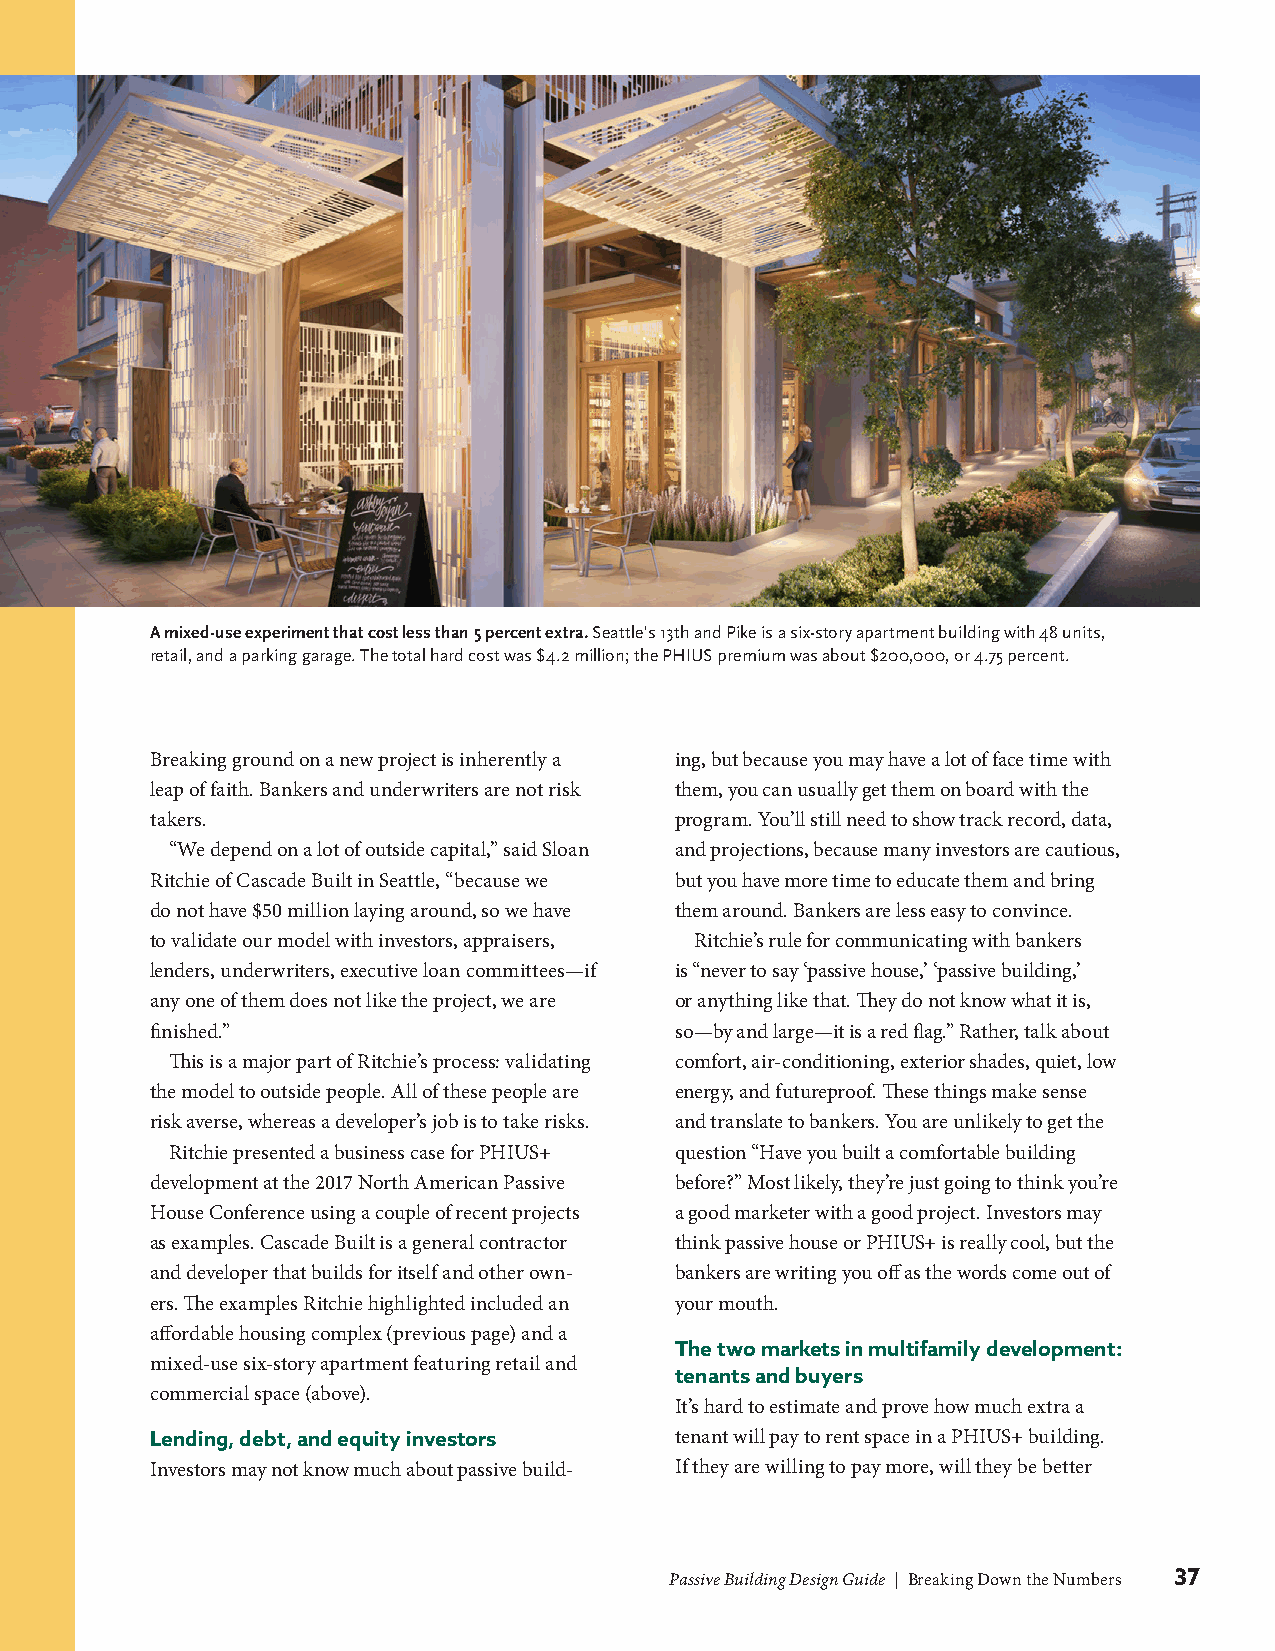
A mixed-use experiment that cost less than 5 percent extra. Seattle's 13th and Pike is a six-story apartment building with 48 units,
 retail, and a parking garage. The total hard cost was $4.2 million; the PHIUS premium was about $200,000, or 4.75 percent.
 Breaking ground on a new project is inherently a ing, but because you may have a lot of face time with
 leap of faith. Bankers and underwriters are not risk them, you can usually get them on board with the
 takers.                            program. You’ll still need to show track record, data,
 “We depend on a lot of outside capital,” said Sloan and projections, because many investors are cautious,
 Ritchie of Cascade Built in Seattle, “because we but you have more time to educate them and bring
 do not have $50 million laying around, so we have them around. Bankers are less easy to convince.
 to validate our model with investors, appraisers, Ritchie’s rule for communicating with bankers
 lenders, underwriters, executive loan committees—if is “never to say ‘passive house,’ ‘passive building,’
 any one of them does not like the project, we are or anything like that. They do not know what it is,
 finished.”                         so—by and large—it is a red flag.” Rather, talk about
 This is a major part of Ritchie’s process: validating comfort, air-conditioning, exterior shades, quiet, low
 the model to outside people. All of these people are energy, and futureproof. These things make sense
 risk averse, whereas a developer’s job is to take risks. and translate to bankers. You are unlikely to get the
 Ritchie presented a business case for PHIUS+ question “Have you built a comfortable building
 development at the 2017 North American Passive before?” Most likely, they’re just going to think you’re
 House Conference using a couple of recent projects a good marketer with a good project. Investors may
 as examples. Cascade Built is a general contractor think passive house or PHIUS+ is really cool, but the
 and developer that builds for itself and other own- bankers are writing you off as the words come out of
 ers. The examples Ritchie highlighted included an your mouth.
 affordable housing complex (previous page) and a
 The two markets in multifamily development:
 mixed-use six-story apartment featuring retail and
 tenants and buyers
 commercial space (above).
 It’s hard to estimate and prove how much extra a
 Lending, debt, and equity investors tenant will pay to rent space in a PHIUS+ building.
 Investors may not know much about passive build- If they are willing to pay more, will they be better
 Passive Building Design Guide | Breaking Down the Numbers 37